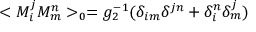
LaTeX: < M _ { i } ^ { j } M _ { m } ^ { n } > _ { 0 } = g _ { 2 } ^ { - 1 } ( \delta _ { i m } \delta ^ { j n } + \delta _ { i } ^ { n } \delta _ { m } ^ { j } )